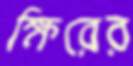
ক্ষিরের